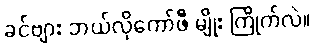
ခင်ဗျား ဘယ်လိုကော်ဖီ မျိုး ကြိုက်လဲ။